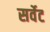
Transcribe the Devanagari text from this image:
सर्वेट